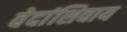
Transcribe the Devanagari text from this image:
वेदांशिवाय